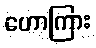
ဟောကြား